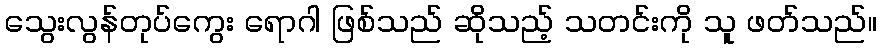
သွေးလွန်တုပ်ကွေး ရောဂါ ဖြစ်သည် ဆိုသည့် သတင်းကို သူ ဖတ်သည်။